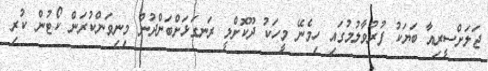
ޖަލަށްސީރިއާ ބަޔަކު ފުރުވާލުމުގައި ހިމެނޭ މީހަކު ދޫކޮށްލީ ރަނގަޅަށްބަންދުން މިނިވަންކުރަން ކޯޓުން ކުރި